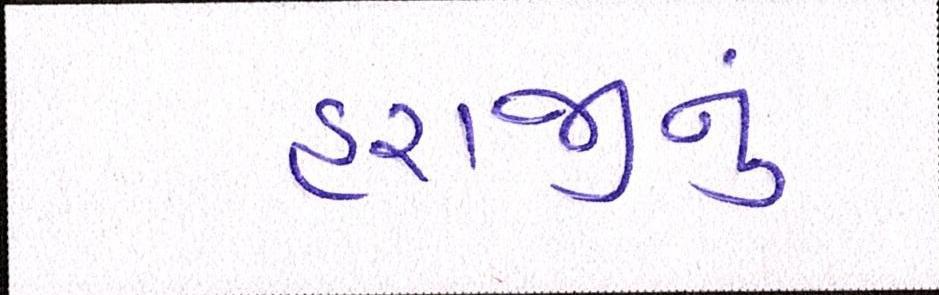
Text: હરાજીનું